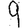
Digit: 9